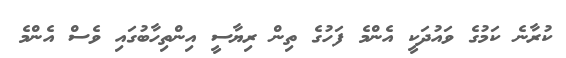
ކުރާނެ ކަމުގެ ވައުދަކީ އެންމެ ފަހުގެ ތިން ރިޔާސީ އިންތިހާބުގައި ވެސް އެންމެ